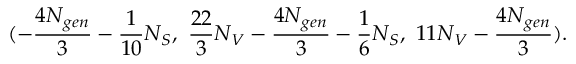
( - \frac { 4 N _ { g e n } } { 3 } - \frac { 1 } { 1 0 } N _ { S } , \, \, \frac { 2 2 } { 3 } N _ { V } - \frac { 4 N _ { g e n } } { 3 } - \frac { 1 } { 6 } N _ { S } , \, \, 1 1 N _ { V } - \frac { 4 N _ { g e n } } { 3 } ) .